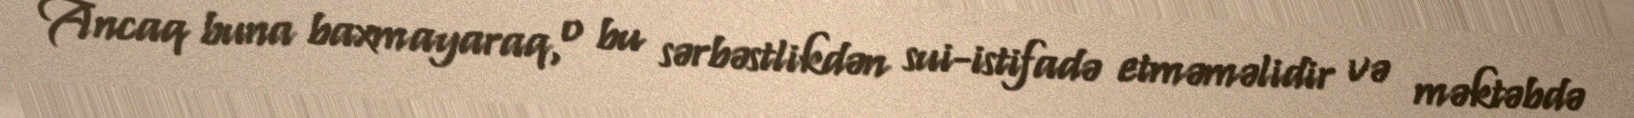
Ancaq buna baxmayaraq, o bu sərbəstlikdən sui-istifadə etməməlidir və məktəbdə